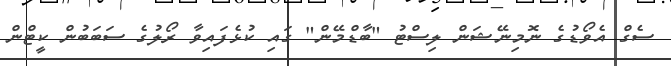
ސެގް އެވޯޑުގެ ނޮމިނޭޝަން ލިސްޓު "ބާޑްމޭން" ގައި ކުޅެފައިވާ ރޯލުގެ ސަބަބުން ކީޓްން